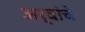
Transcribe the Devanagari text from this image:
अर्वांचे